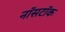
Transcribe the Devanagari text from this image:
नॉसटॉक